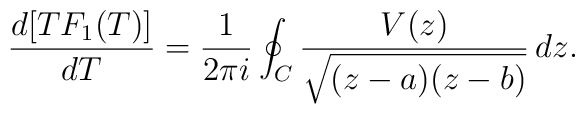
\frac{d[TF_1(T)]}{dT}=\frac{1}{2\pi i  }\oint_C \frac{V(z)}{\sqrt{(z-a)(z-b)}}\,dz.